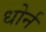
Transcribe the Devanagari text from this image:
धोर्न